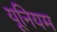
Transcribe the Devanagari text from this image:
यूनियम